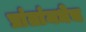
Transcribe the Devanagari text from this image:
प्रांतांमधेच